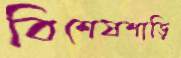
বিশেষশাড়ি